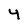
Character: 4